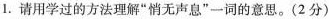
1.请用学过的方法理解”悄无声息”一词的意思。(2分)